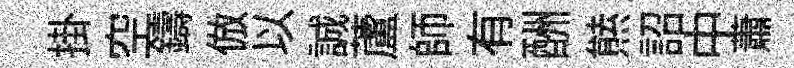
掛空鑄倣以誠蘆師有酬㷱詔中蕭